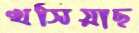
খসিয়াছ